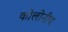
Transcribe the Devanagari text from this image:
कोलोनीय